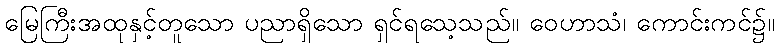
မြေကြီးအထုနှင့်တူသော ပညာရှိသော ရှင်ရသေ့သည်။ ဝေဟာသံ၊ ကောင်းကင်၌။